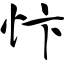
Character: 忭